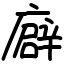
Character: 廦